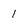
Character: 1